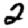
Digit: 2